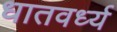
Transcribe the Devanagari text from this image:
धातवर्ध्य